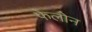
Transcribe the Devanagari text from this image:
फेलोन